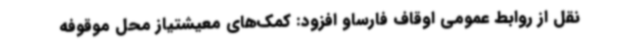
نقل از روابط عمومی اوقاف فارساو افزود: کمک‌های معیشتیاز محل موقوفه